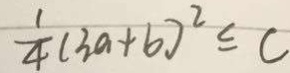
\frac { 1 } { 4 } ( 3 a + b ) ^ { 2 } \leq c